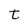
Character: t